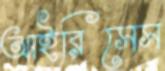
আইরিসেস